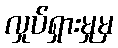
လှုပ်ရှားမှုမှ